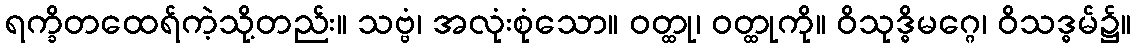
ရက္ခိတထေရ်ကဲ့သို့တည်း။ သဗ္ဗံ၊ အလုံးစုံသော။ ဝတ္ထု၊ ဝတ္ထုကို။ ဝိသုဒ္ဓိမဂ္ဂေ၊ ဝိသဒ္ဓမ်၌။